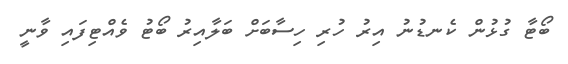
ބޯޓާ ގުޅުން ކެނޑުނު އިރު ހުރި ހިސާބަށް ބަލާއިރު ބޯޓު ވެއްޓިފައި ވާނީ